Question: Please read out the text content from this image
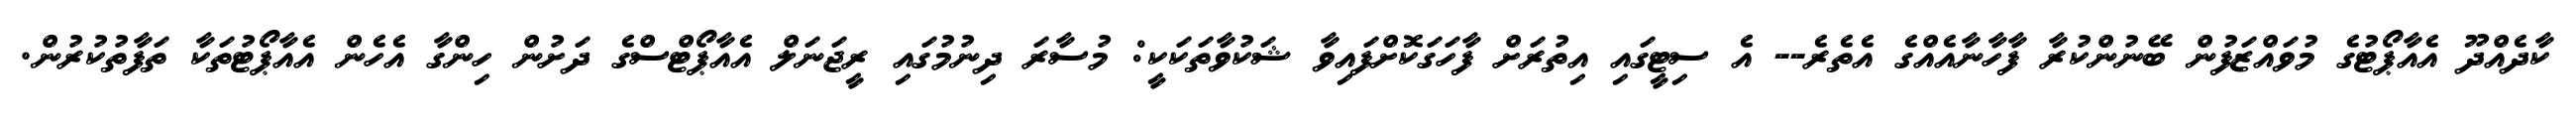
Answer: ކާދެއްދޫ އެއާޕޯޓުގެ މުވައްޒަފުން ބޭނުންކުރާ ފާހާނާއެއްގެ އެތެރެ-- އެ ސިޓީގައި އިތުރަށް ފާހަގަކޮށްފައިވާ ޝަކުވާތަކަކީ: މުސާރަ ދިނުމުގައި ރީޖަނަލް އެއާޕޯޓްސްގެ ދަށުން ހިންގާ އެހެން އެއާޕޯޓުތަކާ ތަފާތުކުރުން.